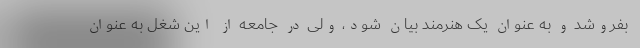
بفروشد و به عنوان یک هنرمند بیان شود، ولی در جامعه از این شغل به عنوان